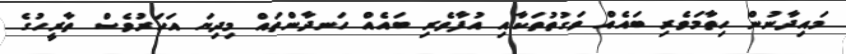
މައިދާނުން ހިތާމަވެރި ބައެއް ވަގުތުތަކާއި އުފާވެރި ބައެއް ހަނދާންތައް މިދިޔަ އަހަރުވެސް ތާރީހުގެ